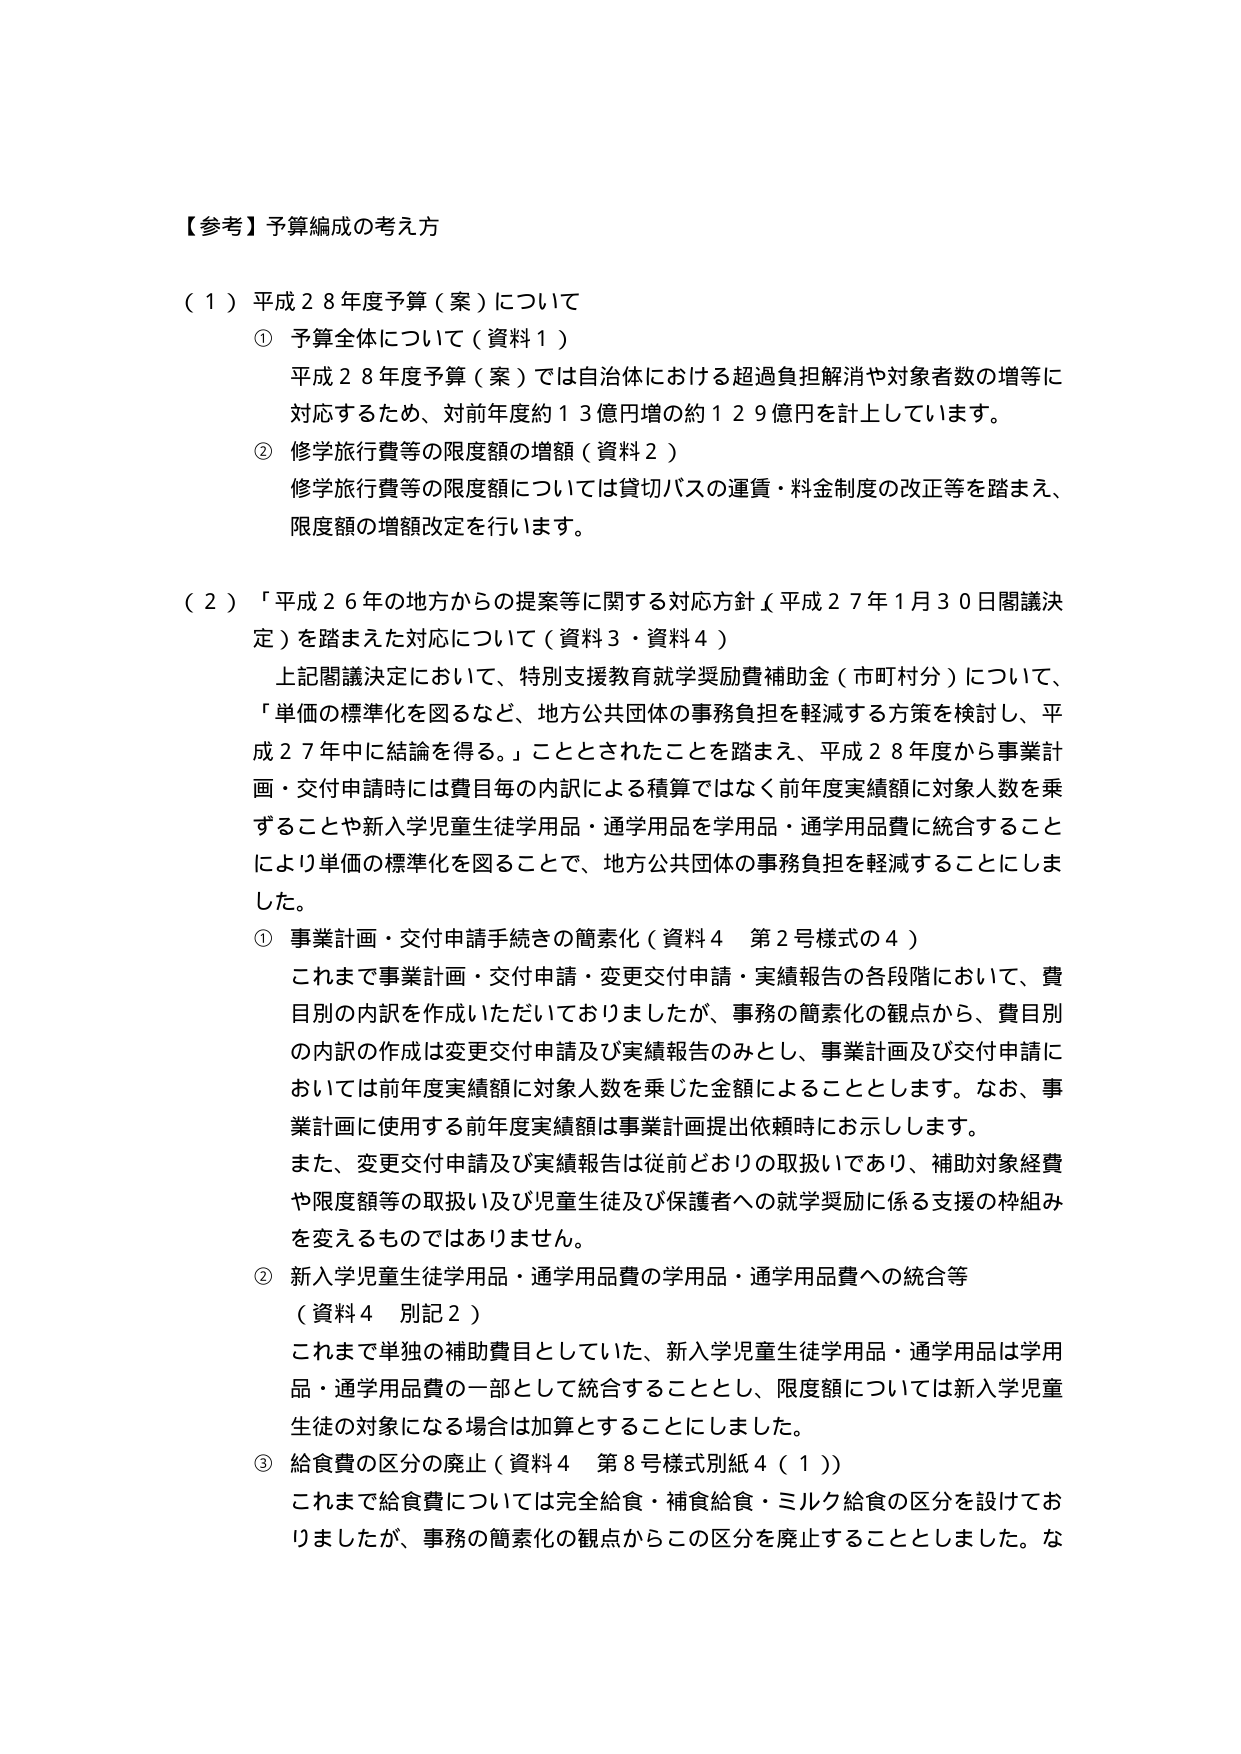
【参考】予算編成の考え方

（１）平成２８年度予算（案）について
　① 予算全体について（資料１）
　　平成２８年度予算（案）では自治体における超過負担解消や対象者数の増等に対応するため、対前年度約１３億円増の約１２９億円を計上しています。
　② 修学旅行費等の限度額の増額（資料２）
　　修学旅行費等の限度額については貸切バスの運賃・料金制度の改正等を踏まえ、限度額の増額改定を行います。

（２）「平成２６年の地方からの提案等に関する対応方針（平成２７年１月３０日閣議決定）を踏まえた対応について（資料３・資料４）
　上記閣議決定において、特別支援教育就学奨励費補助金（市町村分）について、「単価の標準化を図るなど、地方公共団体の事務負担を軽減する方策を検討し、平成２７年中に結論を得る。」こととされたことを踏まえ、平成２８年度から事業計画・交付申請時には費目毎の内訳による積算ではなく前年度実績額に対象人数を乗ずることや新入学児童生徒学用品・通学用品を学用品・通学用品費に統合することにより単価の標準化を図ることで、地方公共団体の事務負担を軽減することにしました。
　① 事業計画・交付申請手続きの簡素化（資料４ 第２号様式の４）
　　これまで事業計画・交付申請・変更交付申請・実績報告の各段階において、費目別の内訳を作成いただいておりましたが、事務の簡素化の観点から、費目別の内訳の作成は変更交付申請及び実績報告のみとし、事業計画及び交付申請においては前年度実績額に対象人数を乗じた金額によることとします。なお、事業計画に使用する前年度実績額は事業計画提出依頼時にお示しします。
　　また、変更交付申請及び実績報告は従前どおりの取扱いであり、補助対象経費や限度額等の取扱い及び児童生徒及び保護者への就学奨励に係る支援の枠組みを変えるものではありません。
　② 新入学児童生徒学用品・通学用品費の学用品・通学用品費への統合等
　　（資料４ 別記２）
　　これまで単独の補助費目としていた、新入学児童生徒学用品・通学用品は学用品・通学用品費の一部として統合することとし、限度額については新入学児童生徒の対象になる場合は加算とすることにしました。
　③ 給食費の区分の廃止（資料４ 第８号様式別紙４（１））
　　これまで給食費については完全給食・補食給食・ミルク給食の区分を設けておりましたが、事務の簡素化の観点からこの区分を廃止することとしました。な